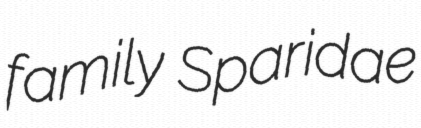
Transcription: family Sparidae